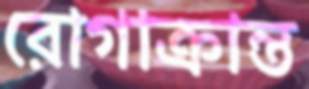
রোগাক্রান্ত